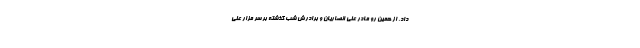
داد. از همین رو مادر علی انصاریان و برادرش شب گذشته بر سر مزار علی